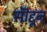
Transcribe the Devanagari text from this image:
सॊद्दून